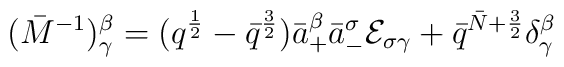
(\bar M^{-1})^\beta_\gamma =(q^{{1\over 2}}-\bar q^{{3\over 2}} )\bar a^\beta_+\bar a^\sigma_-{\cal E}_{\sigma\gamma}+\bar q^{\bar N+{3\over2}}\delta^\beta_\gamma